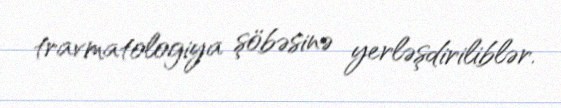
travmatologiya şöbəsinə yerləşdiriliblər.